Annual report on the working of the lock hospitals in the North-Western Provinces and Oudh
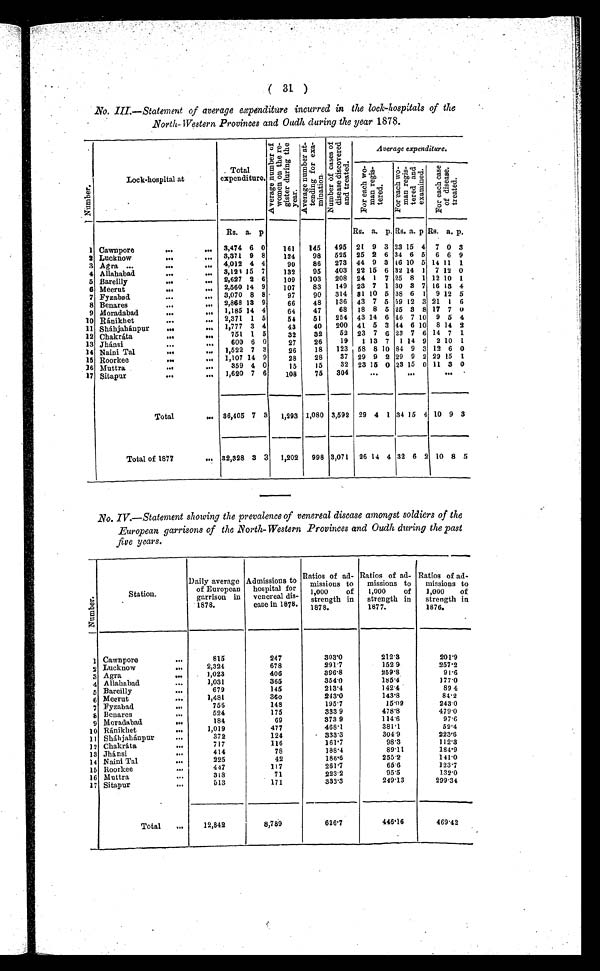
( 31 )
•
No.III...Statement of average expenditure incurred in the lock...hospitals of the
.North...Western Provinces and Oudh during the year 1878.
N u m b e r
Lock...hospital at
Total
e x p e n d i t u r e .
A v e r a g e n u m b e r o f w o m e n o n t h e r e g i s t e r d u r i n g t h e y e a r
A v e r a g e n u m b e r a t t e n d i n g f o r e x a m i n a t i o n N u m b e r o f c a s e s o f d i s e a s e d i s c o v e r e d a n d t r e a t e d
Average expenditure.
F o r e a c h w o m e n r e g i s t e r e d
F o r e a c h w o m e n r e g i s t e r e d a n d e x a m i n e d
F o r e a c h c a s e o f d i s e a s e t r e a t e d .
Rs. a. p
Rs. a. p. Rs. a. p Rs. a. p .
1 Cawnpore
...
. . . 3,474 6 0
161
145
495 21 9 3 23 15 4 7 0 3
2 Lucknow
...
. . . 3,371 9 8
134
98
525 25 2 6 34 6 5 6 6 9
3 Agra ...
...
. . 4,012 4 4
90
86
273 44 9 3 46 10 5 14 11 1
4 Allahabad
...
. . . 3,123 15 7
132
95
403 22 15 6 32 14 1 7 12 0
5 Bareilly
...
. . . 2,627 2 6
109
103
208 24 1 7 25 8 1 12 10 1
6 Meerut
...
. . . 2,560 14 9
107
83
149 23 7 1 30 3 7 16 13 4
7 Fyzabad
...
. . . 3,070 8 8
97
90
314 31 10 5 38 6 1 9 12 5
8 Benares
...
..., 2,868 13 9
66
48
136 43 7 5 59 12 3 21 1 6
9 Moradabad
..
. . .
1.185 14 4
64
47
68 18 8 5 25 3 8 17 7 0
10 Ránikhet
...
. . . 2,371 1 5
54
51
254 43 14 6 46 7 10 9 5 4
11 Sháhjahánpur
...
. . . 1,777 3 4
43
40
200 41 5 3 44 6 10 8 14 2
12 Chakráta
...
. . .
751 1 5
32
32
52 23 7 6 23 7 6 14 7 1
13 Jhánsi
...
. . .
600 6 0
27
26
19
1 13 7 1 14 9 2 10 1
14 Naini Tal
...
. . . 1,522 7
3
26
18
123 58 8 10 84 9 3 12 6 0
16 Roorkee
...
. . . 1,107 14 9
28
28
37 29 9 2 29 9 2 29 15 1
16 Muttra
...
. . .
359 4 0
15
15
32 23 15 0 23 15 0 11 3 0
17 Sitapur
...
. . . 1,620 7 6
108
75
304
. . .
. . .
Total
. . . 36,405 7 3
1,293 1,080 3,592 29 4 1 34 15 4 10 9 3
Total of 1877
. . . 32,328 3 3 1,202
998 3,071 26 14 4 32 6 2 10 8 5
No. IV....Statement showing the prevalence of venereal discase amongst soldiers of the
European garrisons of the North...Western Provinces and Oudh during the past
five years.
N u m b e r .
Station .
Daily average
of European
garrison
in.1878
Admissions to
hospital for
venereal dis
...ease in 1878.
Ratios of ad
...missions to
1,000 of
strength in
1878.
Ratios of ad
...missions to
1,000 of
strength in
1877.
Ratios of ad
...missions to
1,000 of
strength in
1876.
1 Cawnpore
. . .
815
247
303.0
212·3
201·9
2 Lucknow
. . .
2,324
678
291·7
152 9
257·2
3 Agra
. . .
1,023
406
396·8
259·8
91·6
4 Allahabad
. . .
1,031
365
354·0
185·4
177.0
5 Bareilly
. . .
679
145
213·4
142·4
89 4
6 Meerut
. . .
1,481
36o
243·0
143·8
84.2
7 Fyzabad
. . . .
756
148
195·7
15·09
243.0
8 Benares
524
175
333 9
478·8
479.0
9 Moradabad
. .
184
69
373 9
114 6
97 6
10 Ránikhet
.
1,019
477
468.1
381.1
52.4
11 Sháhjahánpur
. . .
372
124
333.3
304 9
223. 6
12 Chakráta
. . .
717
116
161.7
98.3
112.3
13 Jhánsi
. . .
414
78
188.4
89.11
184.9
14 Naini Tal
. . .
225
42
186.6
255.2
141.0
15 Roorkee
. . .
447
117
261.7
65.6
123.7
16 Muttra
. . .
318
71
223 2
95.5
132.0
17 Sitapur
. . .
513
171
333.3
249.13
299.34
Total
. . .
12,842
8,789
626.7
446.16
469.42